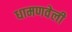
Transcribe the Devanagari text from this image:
धामणवेली